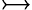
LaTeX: \rightarrowtail